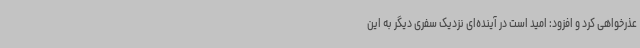
عذرخواهی کرد و افزود: امید است در آینده‌ای نزدیک سفری دیگر به این